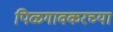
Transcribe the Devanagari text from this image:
पिळगावकरच्या